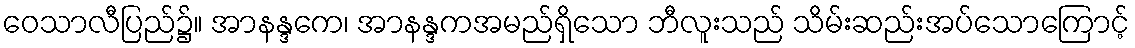
ဝေသာလီပြည်၌။ အာနန္ဒကေ၊ အာနန္ဒကအမည်ရှိသော ဘီလူးသည် သိမ်းဆည်းအပ်သောကြောင့်